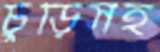
চুড়িসহ